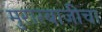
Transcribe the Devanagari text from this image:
मुरारबाजीचा